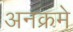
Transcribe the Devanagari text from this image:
अनक्रमे